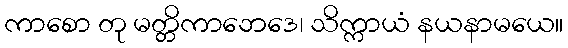
ကာစော တု မတ္တိကာဘေဒေ၊ သိက္ကာယံ နယနာမယေ။